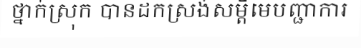
ថ្នាក់ស្រុក បានដកស្រង់សម្តីមេបញ្ជាការ